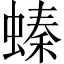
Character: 螓